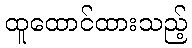
ထူထောင်ထားသည့်